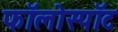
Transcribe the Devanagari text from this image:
फॉलोस्पॉट